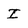
Character: I